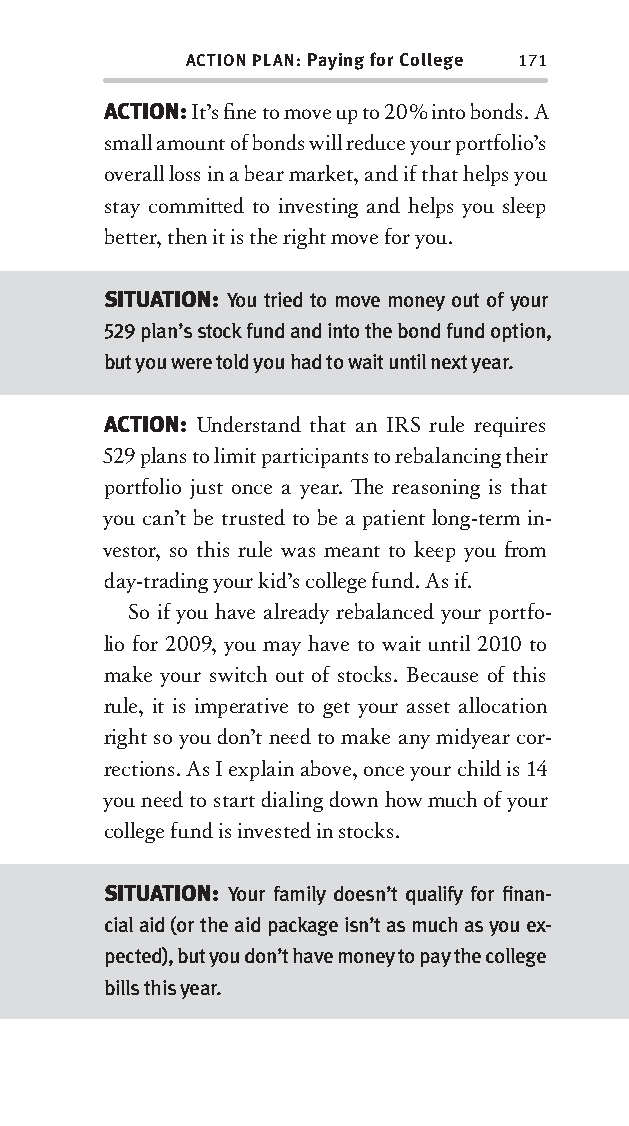
ACTION PLAN: Paying for College 171
 ACTION: It’s fi ne to move up to 20% into bonds. A
 small amount of bonds will reduce your portfolio’s
 overall loss in a bear market, and if that helps you
 stay committ ed to investing and helps you slee p
 bett er, then it is the right move for you.
 SITUATION: You tried to move money out of your
 529 plan’s stock fund and into the bond fund option,
 but you were told you had to wait until next year.
 ACTION: Understand that an IRS rule requires
 529 plans to limit participants to rebalancing their
 portfolio just once a year. Th e reasoning is that
 you can’t be trusted to be a patient long-term in-
 vestor, so this rule was meant to kee p you fr om
 day-trading your kid’s college fund. As if.
 So if you have already rebalanced your portfo-
 lio for 2009, you may have to wait until 2010 to
 make your switch out of stocks. Because of this
 rule, it is imperative to get your asset allocation
 right so you don’t nee d to make any midyear cor-
 rections. As I explain above, once your child is 14
 you nee d to start dialing down how much of your
 college fund is invested in stocks.
 SITUATION: Your family doesn’t qualify for fi nan-
 cial aid (or the aid package isn’t as much as you ex-
 pected), but you don’t have money to pay the college
 bills this year.
 OOrrmmaa__99778800338855553300993344__44pp__aallll__rr11..iinndddd 117711 1122//33//0088 99::3311::3344 AAMM